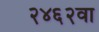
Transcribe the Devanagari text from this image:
२४६२वा